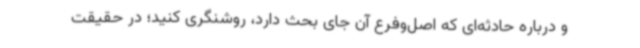
و درباره حادثه‌ای که اصل‌وفرع آن جای بحث دارد، روشنگری کنید؛ در حقیقت